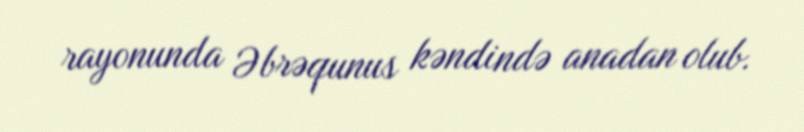
rayonunda Əbrəqunus kəndində anadan olub.